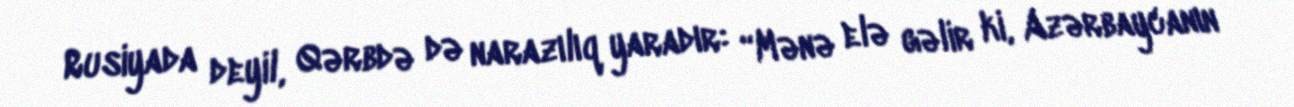
Rusiyada deyil, Qərbdə də narazılıq yaradır: “Mənə elə gəlir ki, Azərbaycanın